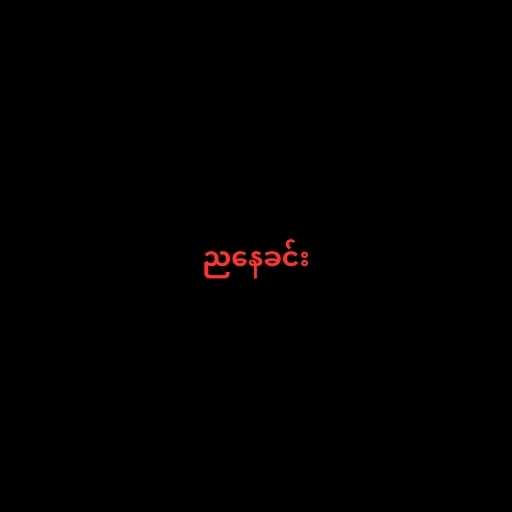
ညနေခင်း